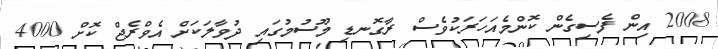
2008 އިން ފެސިގެން ކޮންމެއަހަރަކުވެސް ރާގޮނޑި މޫސުމުގައި ދުވާލަކަށް އެވްރެޖް ކޮށް 4000